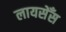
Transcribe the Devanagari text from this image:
लायसेँस